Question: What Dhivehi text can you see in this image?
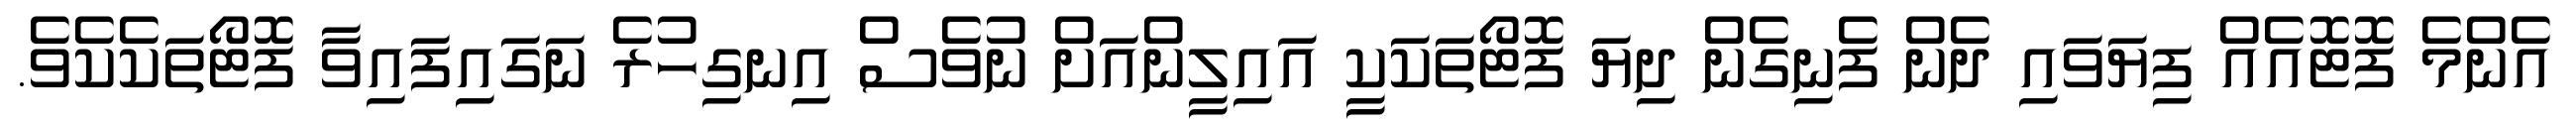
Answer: އެންމެ ފޮޓޮއެއް ފިޔަވައި ދެން ފެނިގެން ދިޔަ ފޮޓޯތަކަކީ އައިލީންއަށް ނުވެސް އިނގިހުރެ ނަގައިފައިވާ ފޮޓޯތަކެކެވެ.